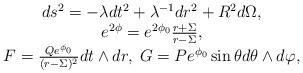
LaTeX: \begin{align*}\begin{array}{c}ds^2 = -\lambda dt^2 + \lambda^{-1} dr^2 + R^2 d\Omega, \\e^{2\phi} = e^{2\phi_0} \frac{r+\Sigma}{r-\Sigma}, \\F = \frac{Qe^{\phi_0}}{(r-\Sigma)^2} dt \wedge dr,\; G=Pe^{\phi_0}\sin \theta d\theta \wedge d\varphi, \end{array}\end{align*}